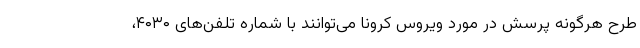
طرح هرگونه پرسش در مورد ویروس کرونا می‌توانند با شماره تلفن‌های ۴۰۳۰،